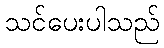
သင်ပေးပါသည်